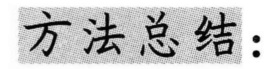
方法总结：